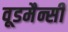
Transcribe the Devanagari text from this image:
वूडमैन्सी